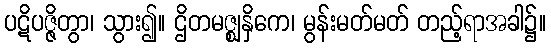
ပဋိပဇ္ဇိတွာ၊ သွား၍။ ဌိတမဇ္ဈနှိကေ၊ မွန်းမတ်မတ် တည့်ရာအခါ၌။